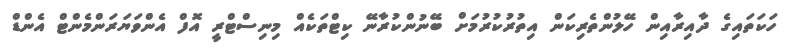
ހަކަތައިގެ ދާއިރާއިން ހޭލުންތެރިކަން އިތުރުކުރުމަށް ބޭނުންކުރާނޭ ކިޓްތަކެއް މިނިސްޓްރީ އޮފް އެންވަޔަރަންމެންޓް އެންޑް